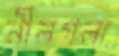
নীলগলা